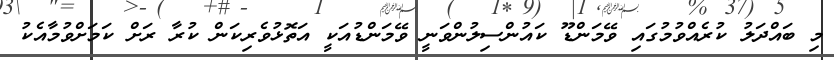
މި ބައްދަލު ކުރެއްވުމުގައި ވޭމަންޑޫ ކައުންސިލުންވަނީ ވޭމަންޑުއަކީ އަތޮޅުވެރިކަން ކުރާ ރަށް ކަމަށްވުމާއެކު